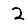
Digit: 2